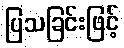
ပြသခြင်းဖြင့်